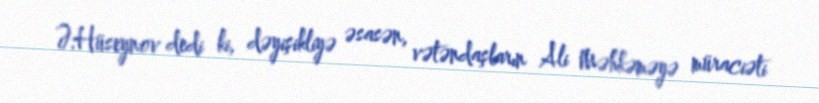
Ə.Hüseynov dedi ki, dəyişikliyə əsasən, vətəndaşların Ali Məhkəməyə müraciəti